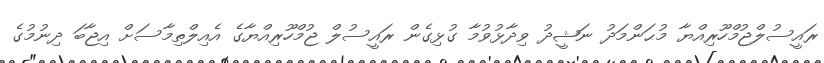
ރައީސުލްޖުމްހޫރިއްޔާ މުޙަންމަދު ނަޝީދު ވިދާޅުވުމާ ގުޅިގެން ރައީސުލް ޖުމްހޫރިއްޔާގެ އެއިލްތިމާސަށް އިޖާބަ ދިނުމުގެ